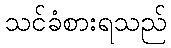
သင်ခံစားရသည်